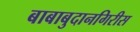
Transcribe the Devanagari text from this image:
बाबाबुदानगिरीस